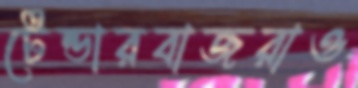
টেন্ডারবাজরাও